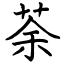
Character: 荼